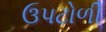
ઉપટોળી